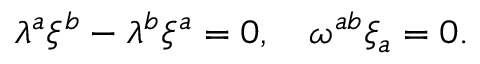
\lambda ^ { a } \xi ^ { b } - \lambda ^ { b } \xi ^ { a } = 0 , \quad \omega ^ { a b } \xi _ { a } = 0 .